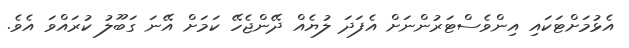
އެޅުމަށްޓަކައި އިންވެސްޓަރުންނަށް އެފަދަ ލުޔެއް ދޭންޖެހޭ ކަމަށް އޭނަ ގަބޫލު ކުރައްވަ އެވެ.